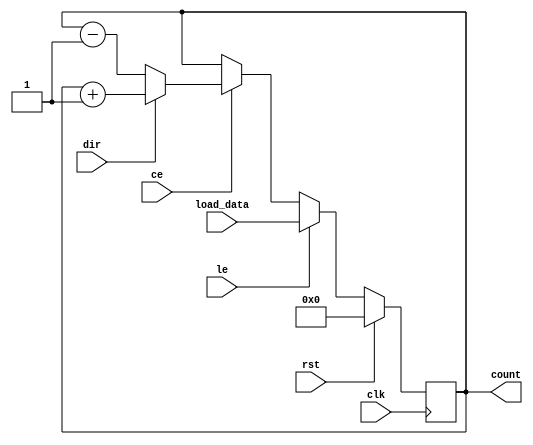
module LoadableCounter (
    input wire clk,          // Clock signal
    input wire rst,          // Reset signal
    input wire le,           // Load Enable signal
    input wire ce,           // Count Enable signal
    input wire dir,          // Count Direction (1 for up, 0 for down)
    input wire [N-1:0] load_data, // Data to load into the counter
    output reg [N-1:0] count // Current count value
);
    parameter N = 8; // Width of the counter (can be adjusted)

    // Synchronous reset and load operation
    always @(posedge clk) begin
        if (rst) begin
            count <= 0; // Reset to zero (or a predefined value)
        end else if (le) begin
            count <= load_data; // Load the specified value into the counter
        end else if (ce) begin
            if (dir) begin
                count <= count + 1; // Increment the counter
            end else begin
                count <= count - 1; // Decrement the counter
            end
        end
    end

endmodule